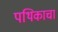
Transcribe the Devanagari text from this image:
पथिकाचा